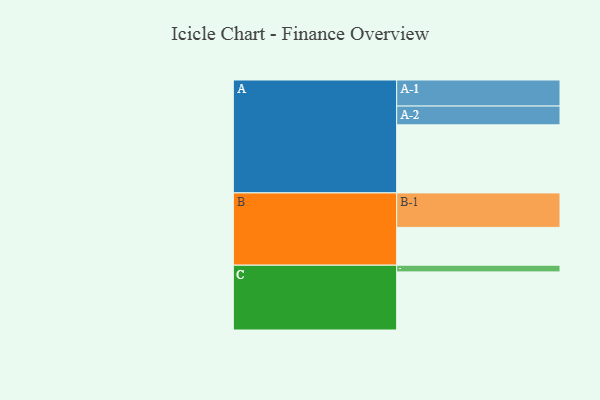
{"axis": {"x": "Segment", "y": "Value"}, "legend": ["", "A", "B", "C"], "data": [{"x": "A", "y": 580, "type": ""}, {"x": "B", "y": 322, "type": ""}, {"x": "C", "y": 495, "type": ""}, {"x": "A-1", "y": 222, "type": "A"}, {"x": "A-2", "y": 160, "type": "A"}, {"x": "B-1", "y": 294, "type": "B"}, {"x": "C-1", "y": 57, "type": "C"}]}